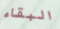
البقاء